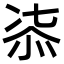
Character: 㓒